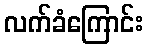
လက်ခံကြောင်း